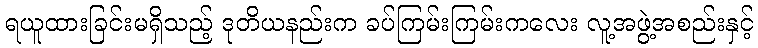
ရယူထားခြင်းမရှိသည့် ဒုတိယနည်းက ခပ်ကြမ်းကြမ်းကလေး လူ့အဖွဲ့အစည်းနှင့်